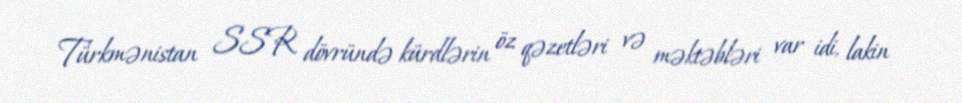
Türkmənistan SSR dövründə kürdlərin öz qəzetləri və məktəbləri var idi, lakin